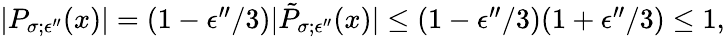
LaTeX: \begin{array}{r}{|P_{\sigma;\epsilon^{\prime\prime}}(x)|=(1-\epsilon^{\prime\prime}/3)|\tilde{P}_{\sigma;\epsilon^{\prime\prime}}(x)|\le(1-\epsilon^{\prime\prime}/3)(1+\epsilon^{\prime\prime}/3)\le 1,}\end{array}